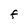
Character: F